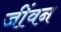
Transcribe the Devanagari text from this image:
जींवन